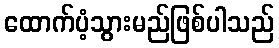
ထောက်ပံ့သွားမည်ဖြစ်ပါသည်